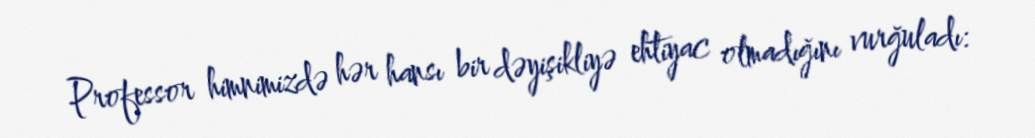
Professor himnimizdə hər hansı bir dəyişikliyə ehtiyac olmadığını vurğuladı: